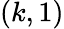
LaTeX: (k,1)